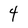
Character: 4